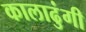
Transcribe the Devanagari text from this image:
कालाढुंगी